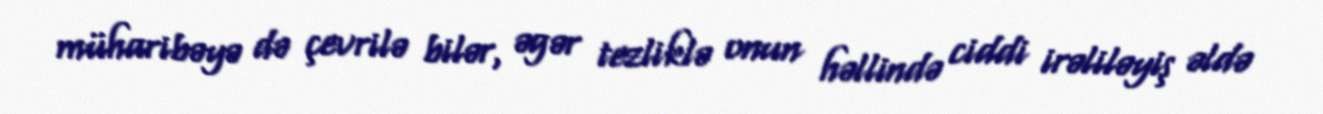
müharibəyə də çevrilə bilər, əgər tezliklə onun həllində ciddi irəliləyiş əldə